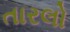
તારલો